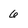
Character: 6